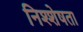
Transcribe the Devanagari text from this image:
निश्शेषता